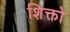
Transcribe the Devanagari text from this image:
शिक्तो